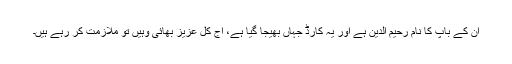
ان کے باپ کا نام رحیم الدین ہے اور یہ کارڈ جہاں بھیجا گیا ہے، آج کل عزیز بھائی وہیں تو ملازمت کر رہے ہیں۔